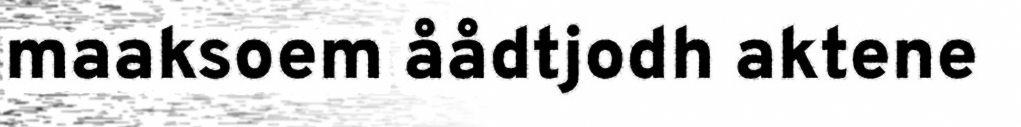
maaksoem åådtjodh aktene